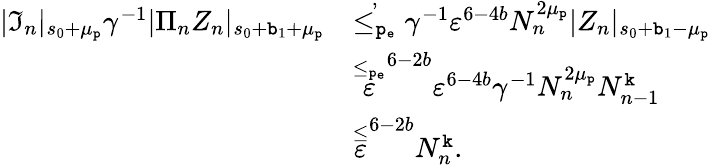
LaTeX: \begin{array}{rl}{|\mathfrak{I}_{n}|_{s_{0}+\mu_{\mathtt{p}}}\gamma^{-1}|\Pi_{n}Z_{n}|_{s_{0}+\mathtt{b}_{1}+\mu_{\mathtt{p}}}}&{\overset{,}{\le_{\mathtt{p_{e}}}}\gamma^{-1}\varepsilon^{6-4b}N_{n}^{2\mu_{\mathtt{p}}}|Z_{n}|_{s_{0}+\mathtt{b}_{1}-\mu_{\mathtt{p}}}}\\ &{\overset{\le_{\mathtt{p_{e}}}}\varepsilon^{6-2b}\varepsilon^{6-4b}\gamma^{-1}N_{n}^{2\mu_{\mathtt{p}}}N_{n-1}^{\mathtt{k}}}\\ &{\overset\le\varepsilon^{6-2b}N_{n}^{\mathtt{k}}.}\end{array}